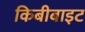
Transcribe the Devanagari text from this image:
किबीबाइट